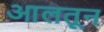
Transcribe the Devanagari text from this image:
आलतून